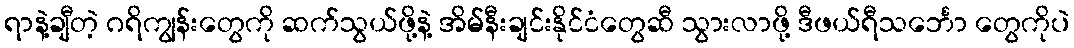
ရာနဲ့ချီတဲ့ ဂရိကျွန်းတွေကို ဆက်သွယ်ဖို့နဲ့ အိမ်နီးချင်းနိုင်ငံတွေဆီ သွားလာဖို့ ဒီဖယ်ရီသင်္ဘော တွေကိုပဲ